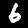
Digit: 6